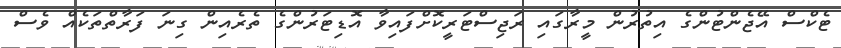
ޓެކްސް އޭޖެންޓުންގެ އިތުރުން މީރާގައި ރަޖިސްޓަރީކޮށްފައިވާ އޮޑިޓަރުންގެ ތެރެއިން ގިނަ ފަރާތްތަކެއް ވެސް